system: You are a helpful assistant.
user:
Analyze the provided spectrum to determine if it is a **S-type Star**.

- **Key Indicators for S-type Star:**

    - **(Overall Spectrum Shape):** The first and most obvious characteristic is the overall continuum (the "baseline" shape). It is **extremely "red-sloping,"** meaning the flux (light intensity) is very low on the left side (blue, ~4000-4500 Å) and rises steeply and continuously toward the right side (red, ~7000 Å+).

    - **(Primary):** The spectrum is defined by the presence of strong, broad molecular absorption "valleys" (bands) from **Zirconium Oxide (ZrO)**. The identification of these bands is the **primary requirement** for classifying a star as S-type.
        - **(Key Bandheads):** You must find distinct, deep "dips" where the light has been absorbed. The most critical band systems to locate are:
            - **~6474 Å** ($\gamma$-system): This is often the strongest and clearest ZrO feature, found in the red part of the spectrum.
            - **~5718 Å** & **~5551 Å** ($\beta$-system): A pair of prominent absorption features in the yellow-orange part of the spectrum.
            - **~4640 Å** ($\alpha$-system): A key absorption band system in the blue-green region of the spectrum.

    - **(Secondary Confirmation):** The classification is strengthened by finding additional absorption bands from other related heavy element oxides, which are expected to be present alongside ZrO.
        - **(Key Bandheads):**
            - **Yttrium Oxide (YO):** Look for absorption dips near **~4800 Å** and **~6100 Å**.
            - **Lanthanum Oxide (LaO):** Additional absorption features, particularly in the red-orange part of the spectrum, are also characteristic.

    - **(Line Profile):** The combination of the steep red continuum and these numerous, deep molecular bands (ZrO, YO, etc.) gives the entire spectrum a very **"chopped-up"** or **"bumpy"** appearance. Instead of a smooth curve, the spectrum looks as though large, wide chunks of light have been "carved out" of it at the specific wavelengths listed above.

Think first, call **spectral_visualization_tool** if needed to examine features in detail, then provide your final answer. Your response must adhere to the following strict rules:
1.  **Overall Structure:** Your response must follow the format `<think>...</think> <tool_call>...</tool_call> (if a tool is used) <answer>...</answer>`.
2.  **Tool Usage Constraint:** You may only make **one** tool call per turn.
3.  **Final Answer Format:** In the `<answer>` tag, your conclusion must be inside a `\boxed{}` command (e.g., `\boxed{YES}` or `\boxed{NO}`), followed by your justification.

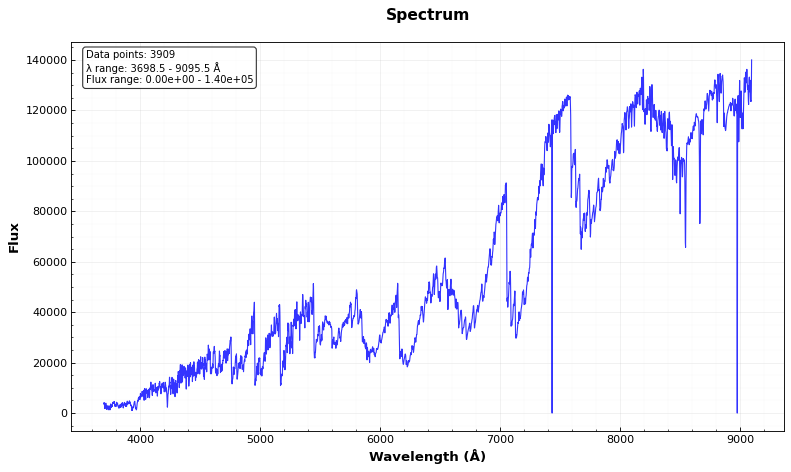
Answer: YES